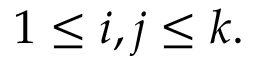
1 \leq i , j \leq k .